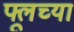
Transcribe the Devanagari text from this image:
फ्लूच्या